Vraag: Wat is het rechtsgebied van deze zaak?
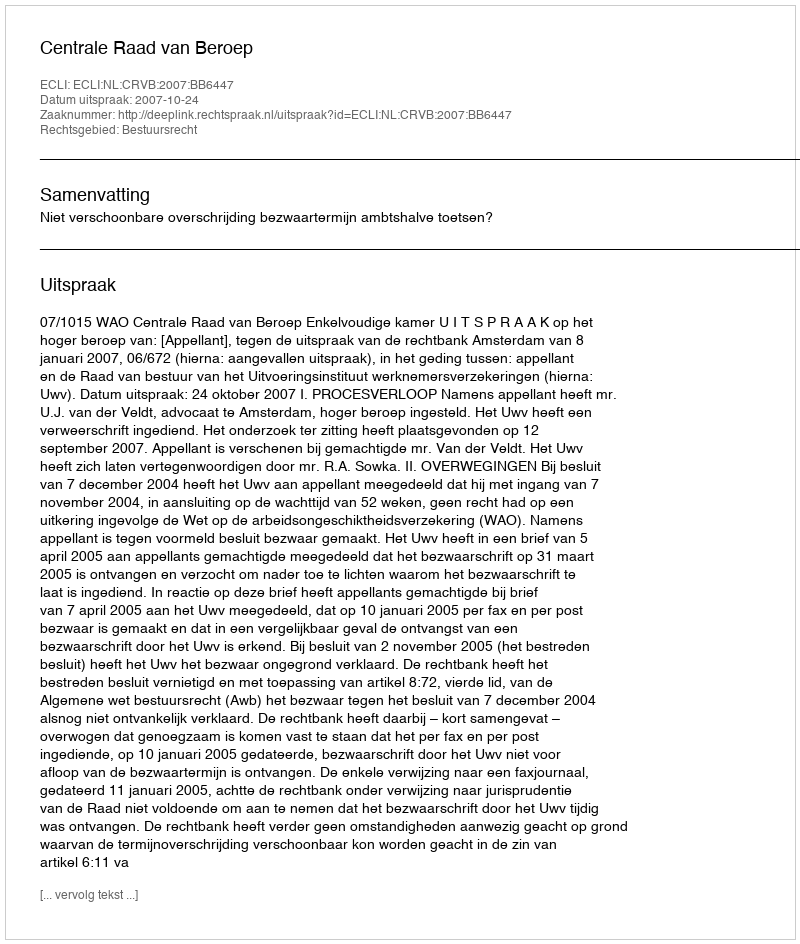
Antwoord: Bestuursrecht